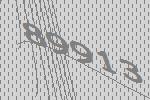
89913